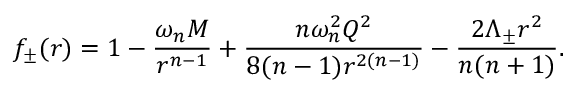
f _ { \pm } ( r ) = 1 - \frac { \omega _ { n } M } { r ^ { n - 1 } } + \frac { n \omega _ { n } ^ { 2 } Q ^ { 2 } } { 8 ( n - 1 ) r ^ { 2 ( n - 1 ) } } - \frac { 2 \Lambda _ { \pm } r ^ { 2 } } { n ( n + 1 ) } .